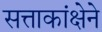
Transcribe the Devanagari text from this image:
सत्ताकांक्षेने